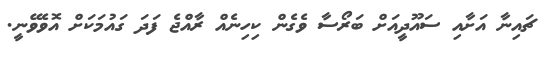
ޗައިނާ އަށާއި ސައޫދީއަށް ބަރޯސާ ވެގެން ކިހިނެއް ރާއްޖެ ފަދަ ގައުމަކަށް އޮވެވޭނީ.